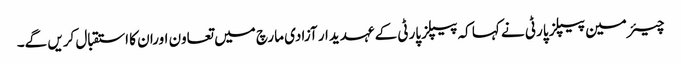
چیئرمین پیپلز پارٹی نے کہا کہ پیپلزپارٹی کے عہدیدار آزادی مارچ میں تعاون اوران کا استقبال کریں گے۔